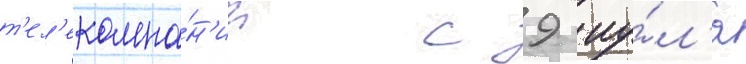
т'ел'екомпа́н'ии с 9 иу́л'я